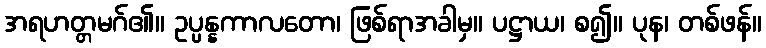
အရဟတ္တမဂ်၏။ ဥပ္ပန္နကာလတော၊ ဖြစ်ရာအခါမှ။ ပဋ္ဌာယ၊ စ၍။ ပုန၊ တစ်ဖန်။